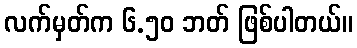
လက်မှတ်က ၆.၅၀ ဘတ် ဖြစ်ပါတယ်။